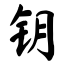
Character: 钥